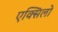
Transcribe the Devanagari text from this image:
एक्सिलो